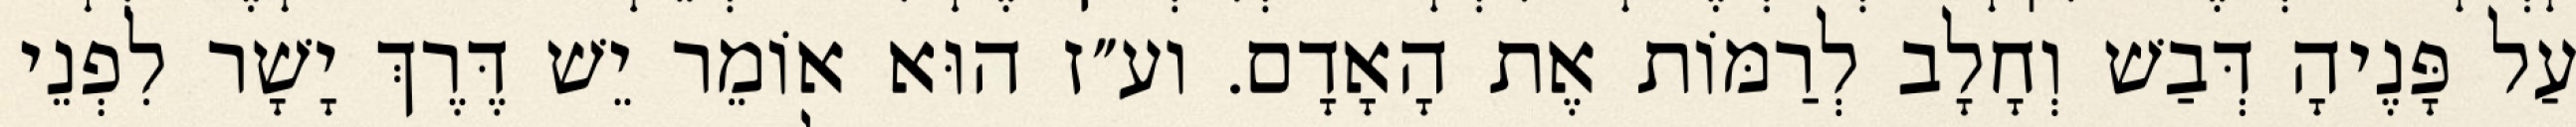
עַל פָּנֶיהָ דְּבַשׁ וְחָלָב לְרַמּוֹת אֶת הָאָדָם. וע״ז הוּא אוֹמֵר יֵשׁ דֶּרֶךְ יָשָׁר לִפְנֵי